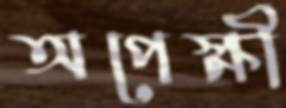
অপেক্ষী